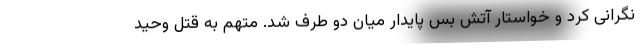
نگرانی کرد و خواستار آتش بس پایدار میان دو طرف شد. متهم به قتل وحید